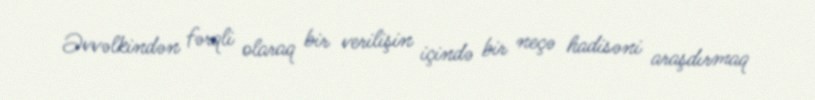
Əvvəlkindən fərqli olaraq bir verilişin içində bir neçə hadisəni araşdırmaq